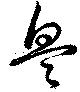
興